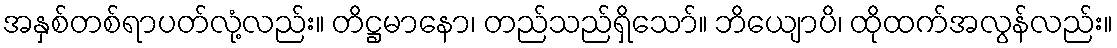
အနှစ်တစ်ရာပတ်လုံ့လည်း။ တိဋ္ဌမာနော၊ တည်သည်ရှိသော်။ ဘိယျောပိ၊ ထိုထက်အလွန်လည်း။